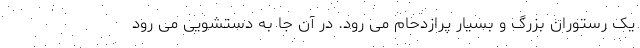
یک رستوران بزرگ و بسیار پرازدحام می رود. در آن جا به دستشویی می رود